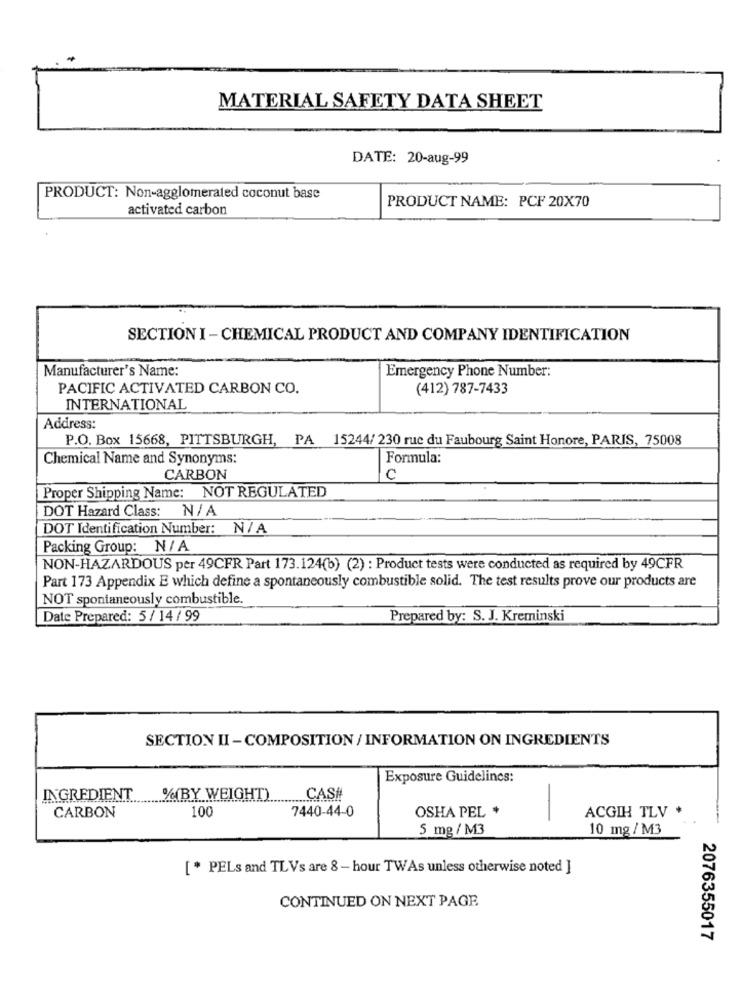
MATERIAL SAFETY DATA SHEET
DATE: 20-aug-99
PRODUCT: Non-agglomerated coconut base
PRODUCT NAME: PCF 20X70
activated carbon
SECTION I - CHEMICAL PRODUCT AND COMPANY IDENTIFICATION
Manufacturer's Name:
Emergency Phone Number:
PACIFIC ACTIVATED CARBON CO.
(412) 787-7433
INTERNATIONAL
Address:
P.O. Box 15668, PITTSBURGH, PA 15244/ 230 rue du Faubourg Saint Honore, PARIS, 75008
Chemical Name and Synonyms:
Formula:
CARBON
C
Proper Shipping Name: NOT REGULATED
DOT Hazard Class: N / A
DOT Identification Number: N/A
Packing Group: N/ A
NON-HAZARDOUS per 49CFR Part 173.124(b) (2) : Product tests were conducted as required by 49CFR
Part 173 Appendix E which define a spontaneously combustible solid. The test results prove our products are
NOT spontaneously combustible.
Date Prepared: 5 /14/99
Prepared by: S. J. Kreminski
SECTION II - COMPOSITION / INFORMATION ON INGREDIENTS
Exposure Guidelines:
INGREDIENT
%(BY WEIGHT)
CAS#
100
7440-44-0
OSHA PEL *
ACGIH TLV .
CARBON
-
5 mg / M3
10 mg / M3
[ * PELs and TLVs are 8 - hour TWAs unless otherwise noted ]
CONTINUED ON NEXT PAGE
2076355017